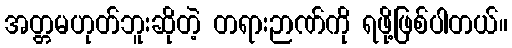
အတ္တမဟုတ်ဘူးဆိုတဲ့ တရားဉာဏ်ကို ရဖို့ဖြစ်ပါတယ်။